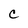
Character: c